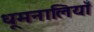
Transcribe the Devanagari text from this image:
धूमनालियाँ